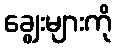
ချွေးများကို